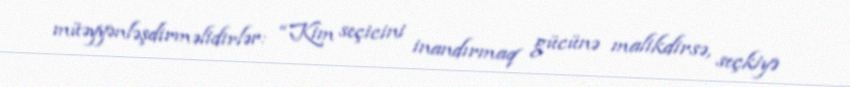
müəyyənləşdirməlidirlər: “Kim seçicini inandırmaq gücünə malikdirsə, seçkiyə